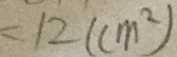
= 1 2 ( c m ^ { 2 } )